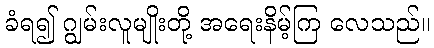
ခံရ၍ ဂျွမ်းလူမျိုးတို့ အရေးနိမ့်ကြ လေသည်။